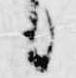
々